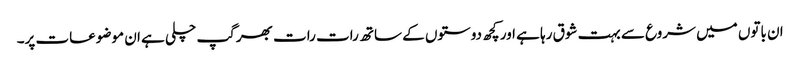
ان باتوں میں شروع سے بہت شوق رہا ہے اور کچھ دوستوں کے ساتھ رات رات بھر گپ چلی ہے ان موضوعات پر۔